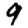
Digit: 9